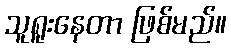
သူရူးနေတာ ဖြစ်မည်။